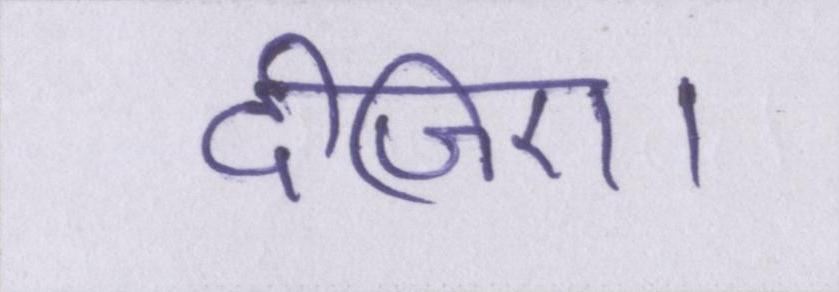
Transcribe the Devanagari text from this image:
दीजिए।